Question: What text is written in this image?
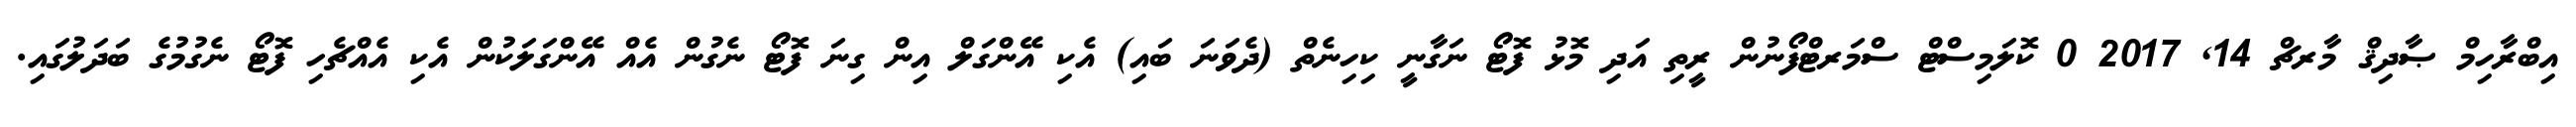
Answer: އިބްރާހިމް ޞާދިޤް މާރޗް 14, 2017 0 ކޮލަމިސްޓް ސްމަރޓްފޯނުން ރީތި އަދި މޮޅު ފޮޓޯ ނަގާނީ ކިހިނެތް (ދެވަނަ ބައި) އެކި އޭންގަލް އިން ގިނަ ފޮޓޯ ނެގުން އެއް އޭންގަލަކުން އެކި އެއްޗެހި ފޮޓޯ ނެގުމުގެ ބަދަލުގައި.